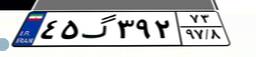
۴۵گ۳۹۲۷۳